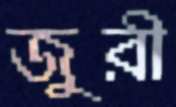
জুরী